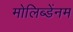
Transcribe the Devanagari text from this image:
मोलिब्डेंनम